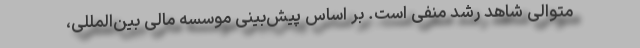
متوالی شاهد رشد منفی است. بر اساس پیش‌بینی موسسه مالی بین‌المللی،